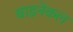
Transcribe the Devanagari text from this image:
बाइनेकल